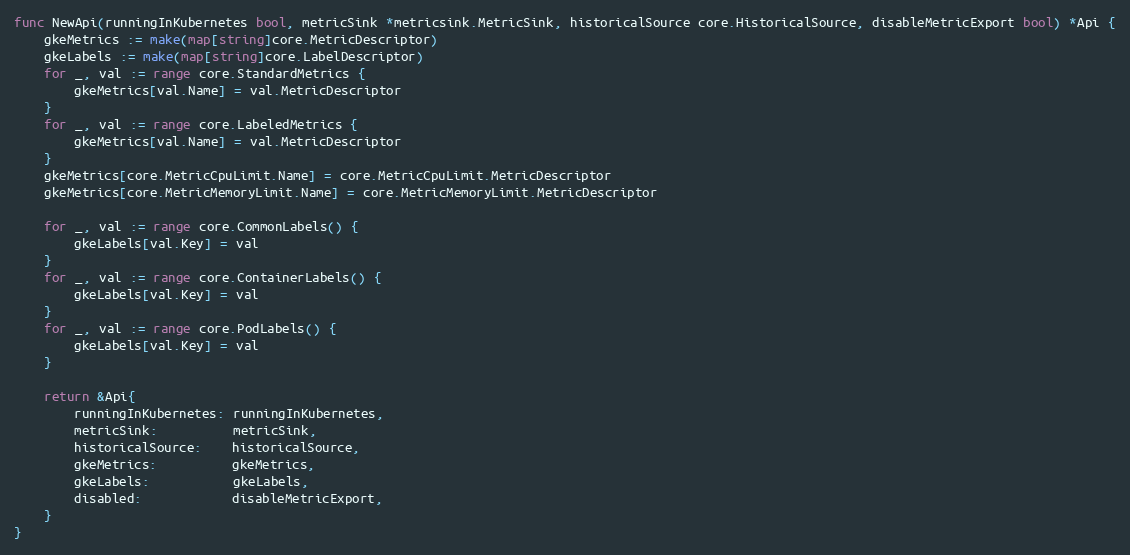
Language: Go
func NewApi(runningInKubernetes bool, metricSink *metricsink.MetricSink, historicalSource core.HistoricalSource, disableMetricExport bool) *Api {
	gkeMetrics := make(map[string]core.MetricDescriptor)
	gkeLabels := make(map[string]core.LabelDescriptor)
	for _, val := range core.StandardMetrics {
		gkeMetrics[val.Name] = val.MetricDescriptor
	}
	for _, val := range core.LabeledMetrics {
		gkeMetrics[val.Name] = val.MetricDescriptor
	}
	gkeMetrics[core.MetricCpuLimit.Name] = core.MetricCpuLimit.MetricDescriptor
	gkeMetrics[core.MetricMemoryLimit.Name] = core.MetricMemoryLimit.MetricDescriptor

	for _, val := range core.CommonLabels() {
		gkeLabels[val.Key] = val
	}
	for _, val := range core.ContainerLabels() {
		gkeLabels[val.Key] = val
	}
	for _, val := range core.PodLabels() {
		gkeLabels[val.Key] = val
	}

	return &Api{
		runningInKubernetes: runningInKubernetes,
		metricSink:          metricSink,
		historicalSource:    historicalSource,
		gkeMetrics:          gkeMetrics,
		gkeLabels:           gkeLabels,
		disabled:            disableMetricExport,
	}
}